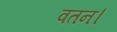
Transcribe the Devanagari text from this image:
वतन।